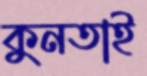
কুনতাই